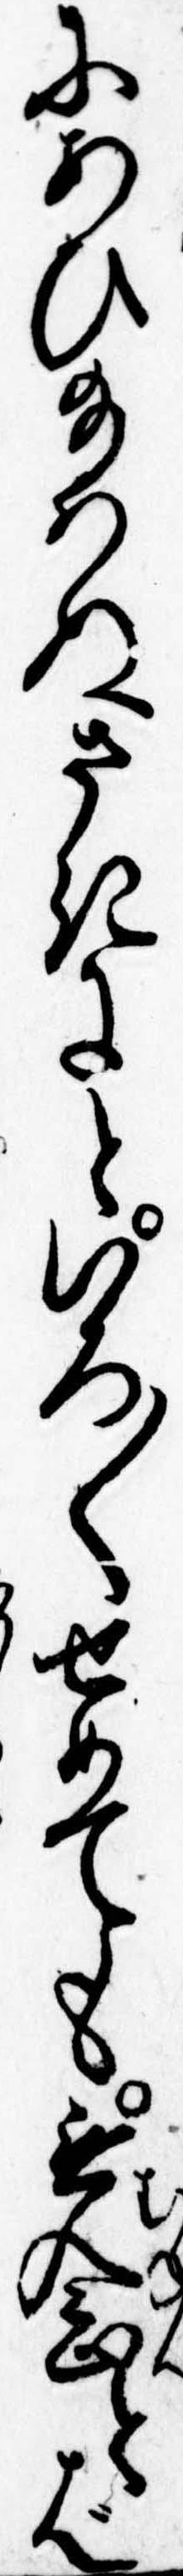
にあひ給はぬさきにといろ〱せめても無念とば